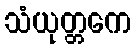
သံယုတ္တကေ